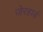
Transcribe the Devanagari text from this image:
जेरहार्ड